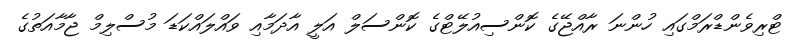
ޓްރިވެންޑްރަމްގައި ހުންނަ ރާއްޖޭގެ ކޮންސިއުލޭޓްގެ ކޮންސަލް އަލީ އާދަމާއި ވައްލައްކަޑަ މުސްލިމް ޖާމާއަތުގެ